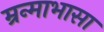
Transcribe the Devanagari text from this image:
म्रन्माभासा